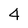
Character: 4